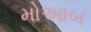
મોઆબ